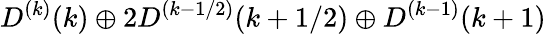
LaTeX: D^{(k)}(k)\oplus 2D^{(k-1/2)}(k+1/2)\oplus D^{(k-1)}(k+1)